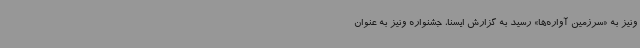
ونیز به «سرزمین آواره‌ها» رسید به گزارش ایسنا، جشنواره ونیز به عنوان